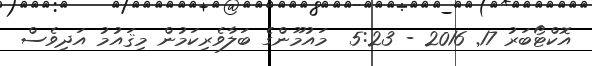
އޮކްޓޯބަރު 17